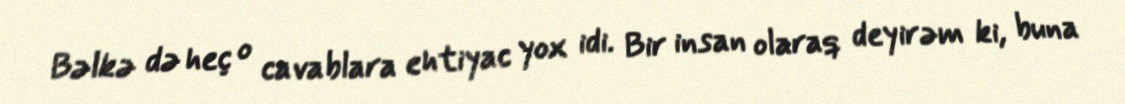
Bəlkə də heç o cavablara ehtiyac yox idi. Bir insan olaraq deyirəm ki, buna